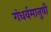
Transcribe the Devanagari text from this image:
गंधर्वमानुषी